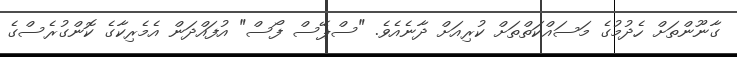
ގާނޫންތަށް ހެދުމުގެ މަސައްކަތްތަށް ކުރިއަށް ދާނެއެވެ. "ސްޕޭސް ފޯސް" އުފައްދަން އެމެރިކާގެ ކޮންގުރެސްގެ